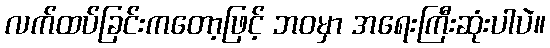
လက်ထပ်ခြင်းကတော့ဖြင့် ဘဝမှာ အရေးကြီးဆုံးပါပဲ။